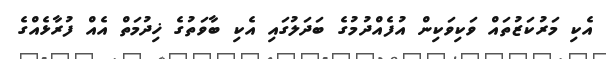
އެކި މަރުކަޒުތައް ވަކިވަކިން އުފެއްދުމުގެ ބަދަލުގައި އެކި ބާވަތުގެ ޚިދުމަތް އެއް ފުރާޅެއްގެ